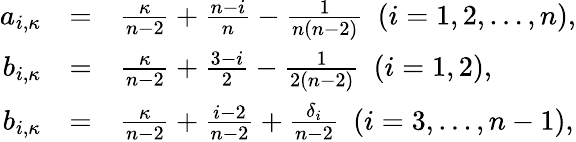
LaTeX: \begin{array}{rcl}{{a_{i,\kappa}}}&{{=}}&{{\frac{\kappa}{n-2}+\frac{n-i}{n}-\frac{1}{n(n-2)}\, \, \, (i=1,2,\dots,n),}}\\ {{b_{i,\kappa}}}&{{=}}&{{\frac{\kappa}{n-2}+\frac{3-i}{2}-\frac{1}{2(n-2)}\, \, \, (i=1,2),}}\\ {{b_{i,\kappa}}}&{{=}}&{{\frac{\kappa}{n-2}+\frac{i-2}{n-2}+\frac{\delta_{i}}{n-2}\, \, \, (i=3,\dots,n-1),}}\end{array}